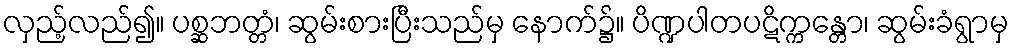
လှည့်လည်၍။ ပစ္ဆဘတ္တံ၊ ဆွမ်းစားပြီးသည်မှ နောက်၌။ ပိဏ္ဍပါတပဋိက္ကန္တော၊ ဆွမ်းခံရွာမှ